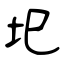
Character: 圯